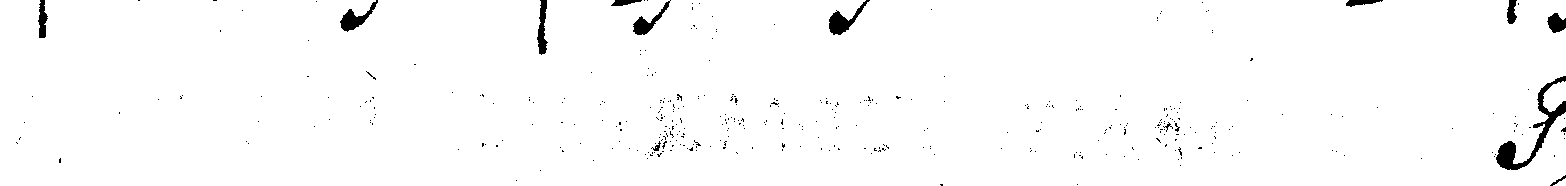
#